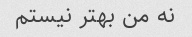
نه من بهتر نیستم